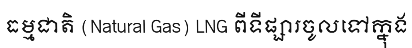
ធម្មជាតិ (Natural Gas) LNG ពីទីផ្សារចូលទៅក្នុង